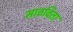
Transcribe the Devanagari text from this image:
साठविता